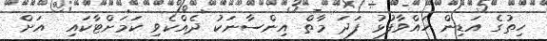
ހިތުގެ އަޑިން ހައްވާފުޅު ފަދަ މާތް އިންސާނަކު ދެއްކެވި ކަމަށްޓާކައި  އަށް